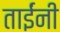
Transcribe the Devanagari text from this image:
ताईंनी